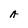
Character: A